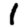
Digit: 1